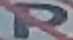
P